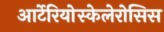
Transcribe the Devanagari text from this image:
आर्टेरियोस्केलेरोसिस